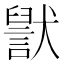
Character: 𬍊